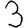
Digit: 3